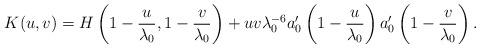
LaTeX: \begin{align*}K(u,v)= H\left(1-\frac{u}{\lambda_0},1-\frac{v}{\lambda_0}\right)+uv \lambda_0^{-6} a'_0\left(1-\frac{u}{\lambda_0}\right)a'_0\left(1-\frac{v}{\lambda_0}\right).\end{align*}